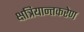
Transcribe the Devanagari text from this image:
क्षत्रियान्तकरेण